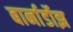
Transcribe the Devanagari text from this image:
बार्नार्डोझ